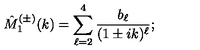
\hat { M } _ { 1 } ^ { ( \pm ) } ( k ) = \sum _ { \ell = 2 } ^ { 4 } \frac { b _ { \ell } } { ( 1 \pm i k ) ^ { \ell } } ;